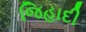
જિહાદી